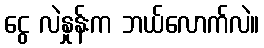
ငွေ လဲနှုန်းက ဘယ်လောက်လဲ။